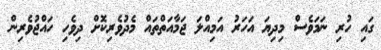
ގައި ހުރި ނަމަވެސް މިދިޔަ އަހަރު އަމިއްލަ ޖަމާއަތްތައް މެދުވެރިކޮށް ދިވެހި ހައްޖުވެރިން